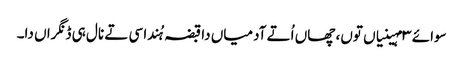
سوائے ٣ مہینیاں توں، چھاں اُتے آدمیاں دا قبضہ ہُندا سی تے نال ہی ڈنگراں دا۔